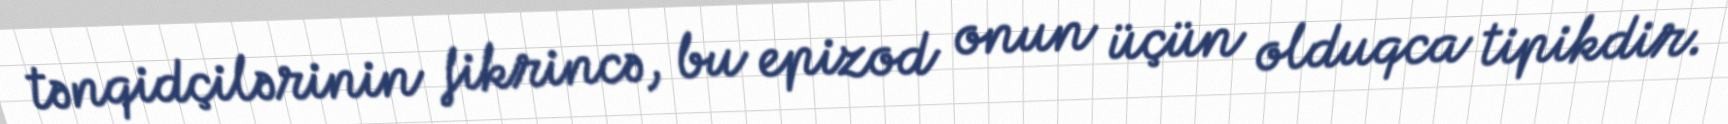
tənqidçilərinin fikrincə, bu epizod onun üçün olduqca tipikdir.